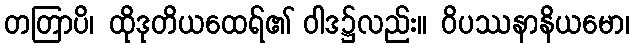
တတြာပိ၊ ထိုဒုတိယထေရ်၏ ဝါဒ၌လည်း။ ဝိပဿနာနိယမော၊